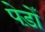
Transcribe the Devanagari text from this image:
पेड़ोँ